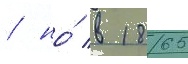
/ но́ в 1865